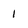
Character: 1